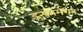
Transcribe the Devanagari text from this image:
इन्फ़ोर्मेशन